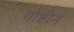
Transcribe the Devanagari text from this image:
गोष्टीन